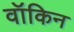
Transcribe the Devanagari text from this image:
वॉकिन